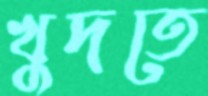
খুদতে